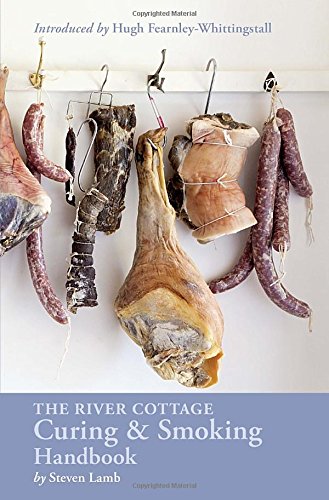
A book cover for The River Cottage Curing and Smoking Handbook; Steven Lamb; Cookbooks, Food & Wine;